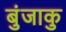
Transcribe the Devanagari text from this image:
बुंजाकु